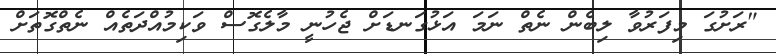
"ރަށުގަ މިފަރުވާ ލިބެން ނެތް ނަމަ އަޅުގަނޑަށް ޖެހުނީ މާލެގޮސް ވަކިމުއްދަތެއް ނެތްގޮތަށް